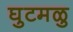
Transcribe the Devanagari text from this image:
घुटमळु